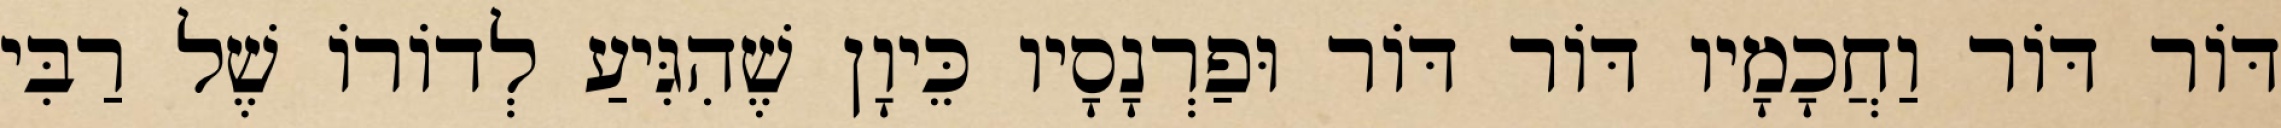
דּוֹר דּוֹר וַחֲכָמָיו דּוֹר דּוֹר וּפַרְנָסָיו כֵּיוָן שֶׁהִגִּיעַ לְדוֹרוֹ שֶׁל רַבִּי